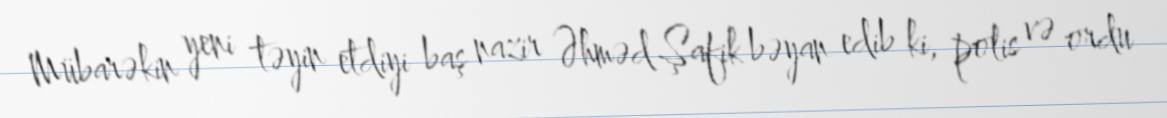
Mübarəkin yeni təyin etdiyi baş nazir Əhməd Şafik bəyan edib ki, polis və ordu